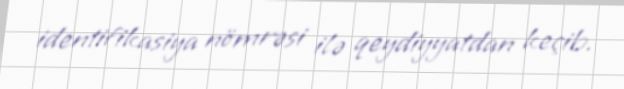
identifikasiya nömrəsi ilə qeydiyyatdan keçib.